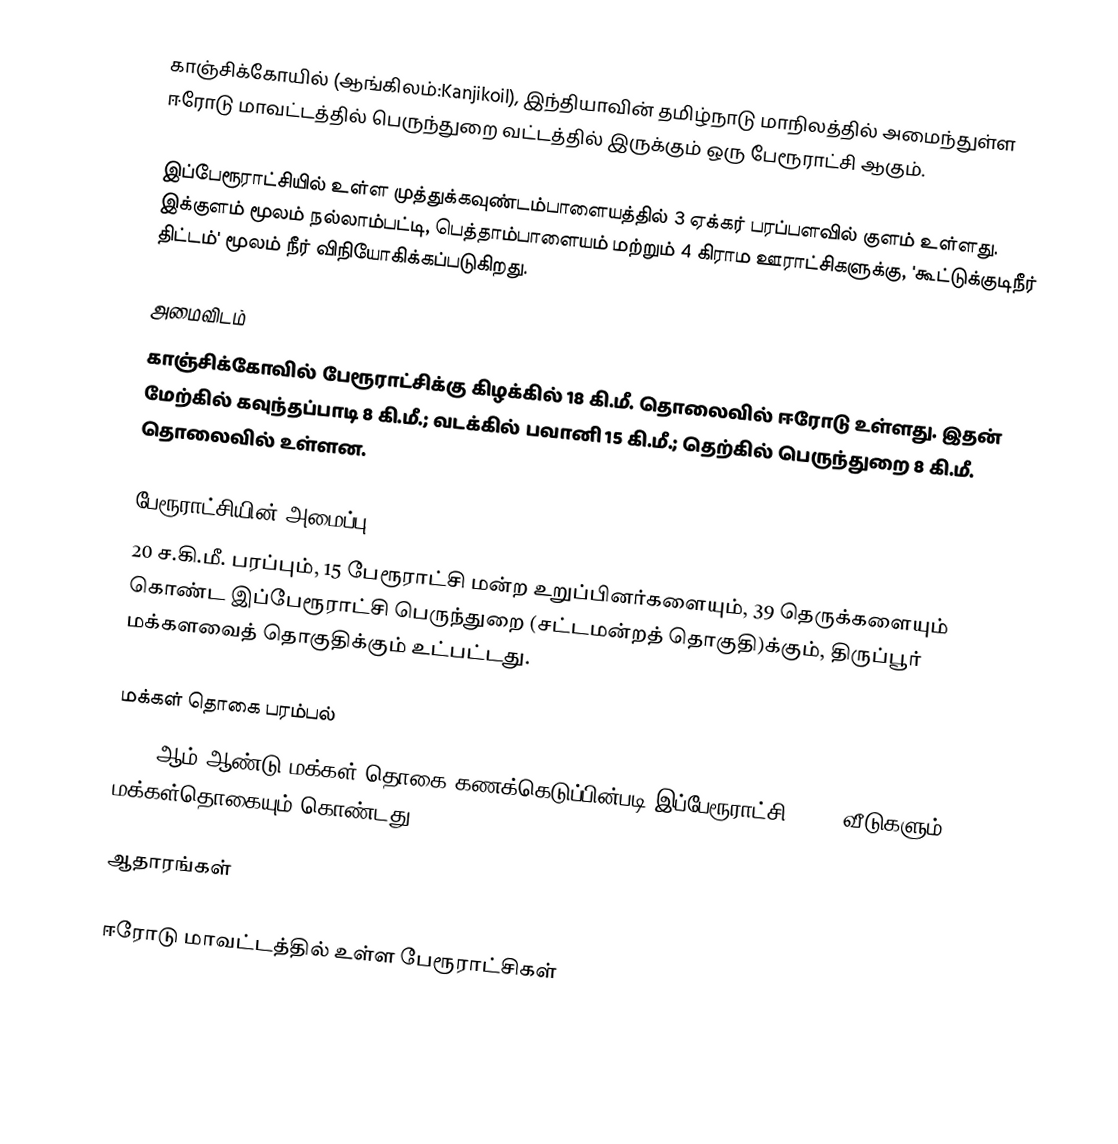
காஞ்சிக்கோயில் (ஆங்கிலம்:Kanjikoil), இந்தியாவின் தமிழ்நாடு மாநிலத்தில் அமைந்துள்ள ஈரோடு மாவட்டத்தில் பெருந்துறை வட்டத்தில் இருக்கும் ஒரு பேரூராட்சி ஆகும்.

இப்பேரூராட்சியில் உள்ள  முத்துக்கவுண்டம்பாளையத்தில்  3 ஏக்கர் பரப்பளவில் குளம் உள்ளது. இக்குளம் மூலம் நல்லாம்பட்டி, பெத்தாம்பாளையம் மற்றும் 4 கிராம ஊராட்சிகளுக்கு, 'கூட்டுக்குடிநீர் திட்டம்' மூலம் நீர் விநியோகிக்கப்படுகிறது.

அமைவிடம்
காஞ்சிக்கோவில் பேரூராட்சிக்கு  கிழக்கில் 18 கி.மீ. தொலைவில் ஈரோடு உள்ளது. இதன் மேற்கில் கவுந்தப்பாடி 8 கி.மீ.; வடக்கில் பவானி 15 கி.மீ.; தெற்கில் பெருந்துறை 8 கி.மீ. தொலைவில்  உள்ளன.

பேரூராட்சியின் அமைப்பு
20 ச.கி.மீ. பரப்பும், 15 பேரூராட்சி மன்ற உறுப்பினர்களையும், 39 தெருக்களையும் கொண்ட இப்பேரூராட்சி பெருந்துறை   (சட்டமன்றத் தொகுதி)க்கும், திருப்பூர் மக்களவைத் தொகுதிக்கும் உட்பட்டது.

மக்கள் தொகை பரம்பல்
2011-ஆம் ஆண்டு மக்கள் தொகை கணக்கெடுப்பின்படி  இப்பேரூராட்சி    3,468 வீடுகளும், 11,294 மக்கள்தொகையும் கொண்டது.

ஆதாரங்கள்

ஈரோடு மாவட்டத்தில் உள்ள பேரூராட்சிகள்